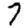
Digit: 7